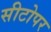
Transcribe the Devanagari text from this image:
सीटोपर